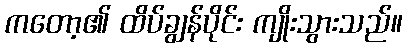
ကတော့၏ ထိပ်ချွန်ပိုင်း ကျိုးသွားသည်။